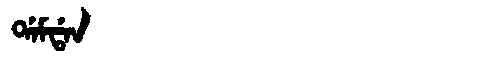
Manchu: ᡩᠠᠮᡩᠠᠨ
Romanization: DAMDAN